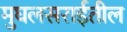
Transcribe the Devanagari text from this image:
मुघलसराईतील